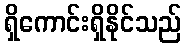
ရှိကောင်းရှိနိုင်သည်